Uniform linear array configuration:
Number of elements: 24
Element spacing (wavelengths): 0.5
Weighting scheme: blackman
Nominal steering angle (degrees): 45
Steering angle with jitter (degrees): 43.409
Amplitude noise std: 0.05
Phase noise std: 0.05

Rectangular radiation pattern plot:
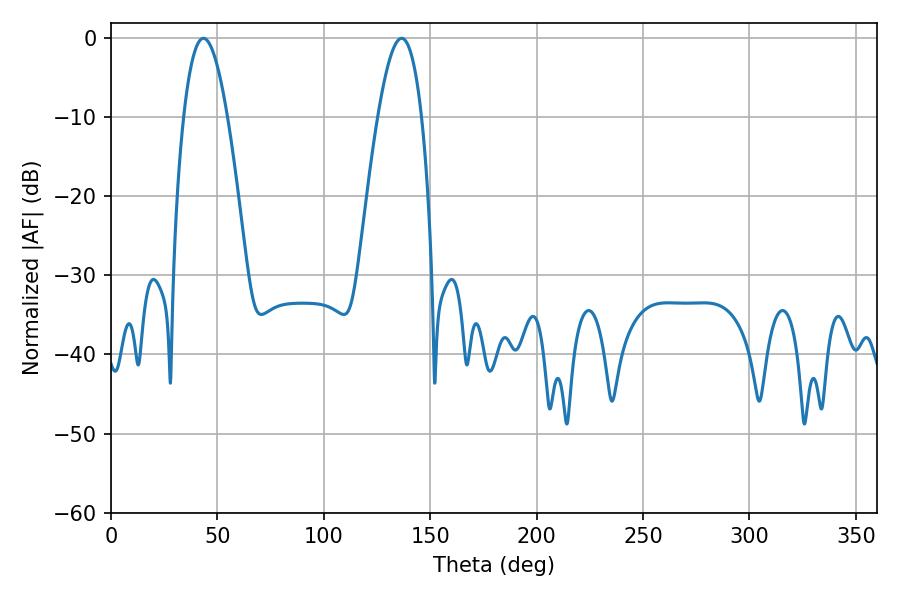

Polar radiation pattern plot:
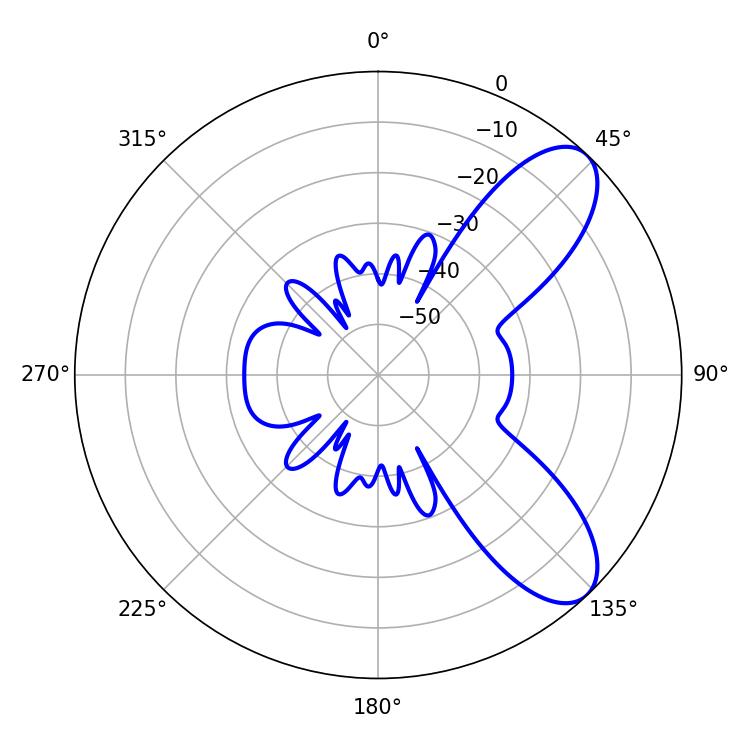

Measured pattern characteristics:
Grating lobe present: FALSE
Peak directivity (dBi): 8.339
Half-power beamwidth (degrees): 11.16
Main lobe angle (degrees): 43.38